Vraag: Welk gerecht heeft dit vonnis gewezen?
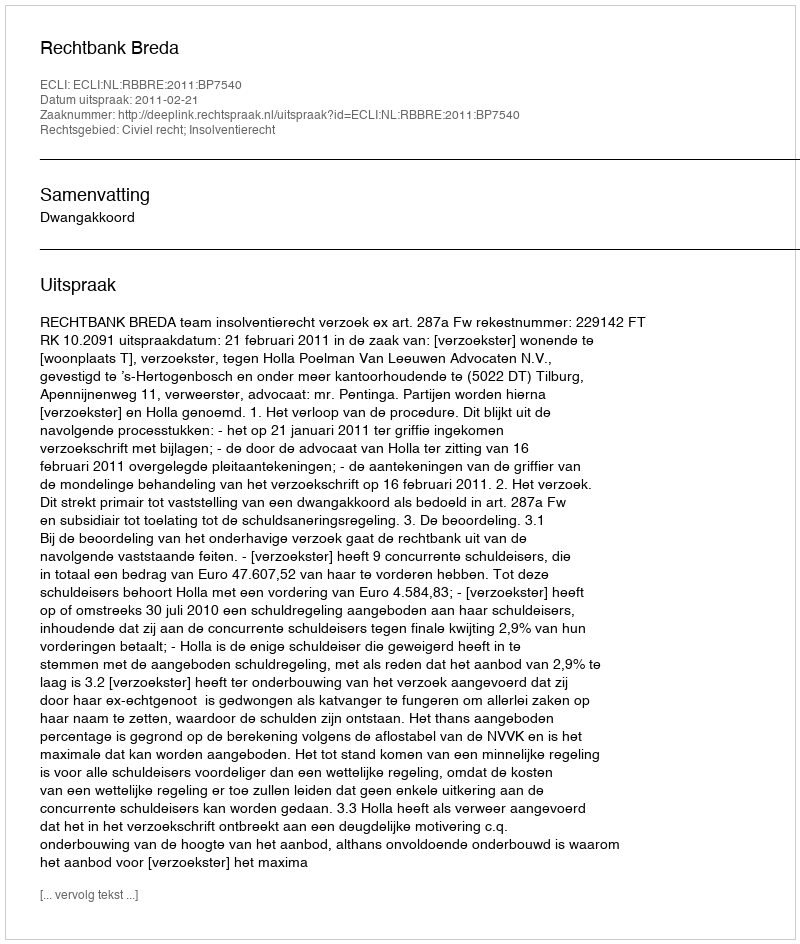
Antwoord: Rechtbank Breda